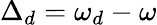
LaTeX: \Delta_{d}=\omega_{d}-\omega